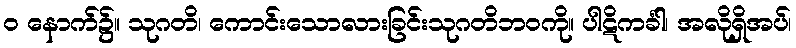
ဝ နောက်၌။ သုဂတိ၊ ကောင်းသောလားခြင်းသုဂတိဘဝကို။ ပါဋိကင်္ခါ၊ အလိုရှိအပ်၊